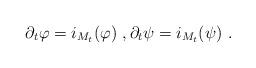
LaTeX: \begin{align*}\partial_t\varphi = i_{M_t}(\varphi)~,\partial_t\psi = i_{M_t}(\psi)~.\end{align*}